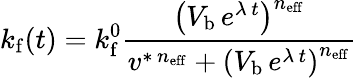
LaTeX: k_{\mathrm{f}}(t)=k_{\mathrm{f}}^{0}\frac{\left(V_{\mathrm{b}}\, e^{\lambda\, t}\right)^{n_{\mathrm{eff}}}}{v^{\ast\, n_{\mathrm{eff}}}+\left(V_{\mathrm{b}}\, e^{\lambda\, t}\right)^{n_{\mathrm{eff}}}}